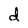
Character: d